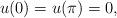
LaTeX: \begin{align*}u (0) = u (\pi) = 0 , \end{align*}